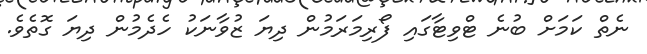
ނެތް ކަމަށް ބުނެ ޓްވިޓާގައި ފޯރިމަރަމުން ދިޔަ ޒުވާނަކު ހެދެމުން ދިޔަ ގޮތެވެ.